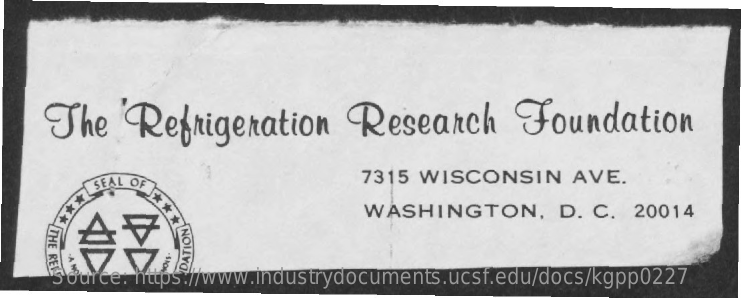
The    Refrigeration    Research    Foundation
     SEAL OF    7315 WISCONSIN    AVE.
     ***    WASHINGTON,    D. C.  20014 ***
     THE
     REFS
     -A
     NO    ·SION
     Source: https://www.industrydocuments.ucsf.edu/docs/kgpp0227
     DATION